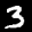
Label: 3